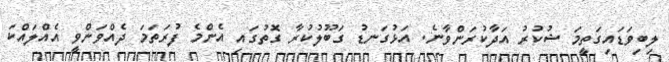
ލިބިވަޑައިގަތީމަ ޝުކުރު އަދާކުރަންވާނެ. އަޅުގަނޑު ގަބޫލުކުރާ ގޮތުގައި އެންމެ ފުރަތަމަ ދެއްވަންވީ އެއްލައްކަ